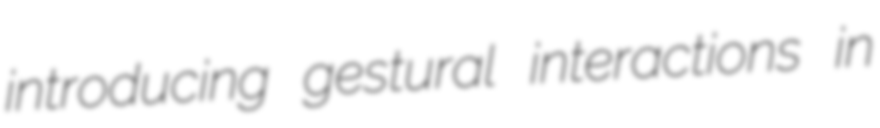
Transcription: introducing gestural interactions in